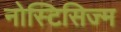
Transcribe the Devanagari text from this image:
नोस्टिसिज्म